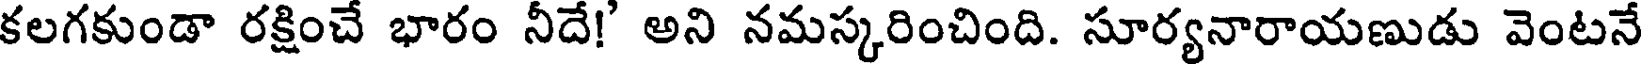
కలగకుండా రక్షించే భారం నీదే!' అని నమస్కరించింది. సూర్యనారాయణుడు వెంటనే